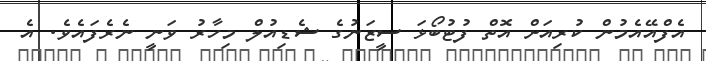
އެފްއޭއެމުން ކުރިއަށް އޮތް ފުޓުބޯޅަ ސީޒަނުގެ ޝެޑިއުލް މިހާރު ވަނީ ނެރެފައެވެ. އެ